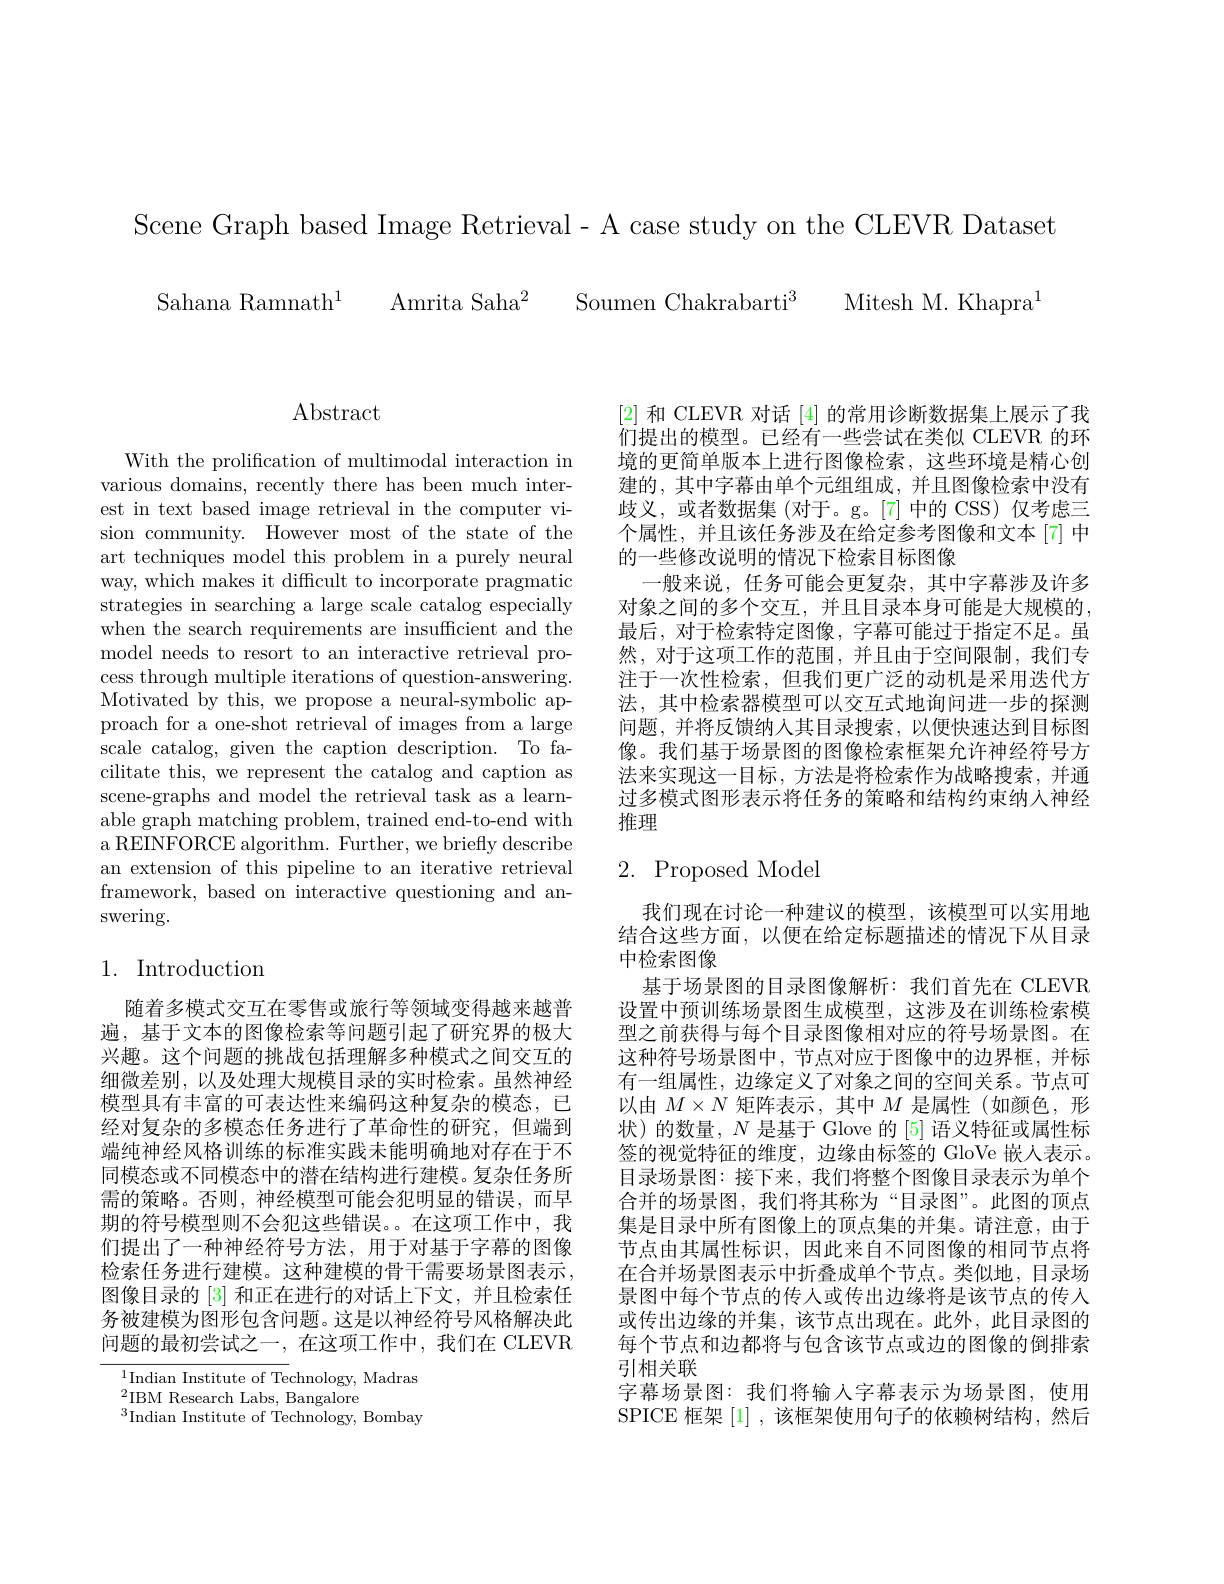
Scene Graph based Image Retrieval- A case study on the CLEVR Dataset
Sahana Ramnath$^1$ Amrita Saha$^2$ Soumen Chakrabarti$^3$ Mitesh M.Khapra

$\operatorname{Abstract}$

With the prolification of multimodal interaction in various domains, recently there has been much interest in text based image retrieval in the computer vision community. However most of the state of the art techniques model this problem in a purely neural way, which makes it difficult to incorporate pragmatic strategies in searching a large scale catalog especially when the search requirements are insufficient and the model needs to resort to an interactive retrieval process through multiple iterations of question-answering. Motivated by this, we propose a neural-symbolic approach for a one-shot retrieval of images from a large scale catalog, given the caption description. To facilitate this, we represent the catalog and caption as scene-graphs and model the retrieval task as a learnable graph matching problem, trained end-to-end with a REINFORCE algorithm. Further, we briefly describe an extension of this pipeline to an iterative retrieval framework, based on interactive questioning and answering.

## 1. Introduction

随着多模式交互在零售或旅行等领域变得越来越普遍，基于文本的图像检索等问题引起了研究界的极大兴趣。这个问题的挑战包括理解多种模式之间交互的细微差别，以及处理大规模目录的实时检索。虽然神经模型具有丰富的可表达性来编码这种复杂的模态，已经对复杂的多模态任务进行了革命性的研究，但端到端纯神经风格训练的标准实践未能明确地对存在于不同模态或不同模态中的潜在结构进行建模。复杂任务所需的策略。否则，神经模型可能会犯明显的错误，而早期的符号模型则不会犯这些错误。在这项工作中，我们提出了一种神经符号方法，用于对基于字幕的图像检索任务进行建模。这种建模的骨干需要场景图表示， 图像目录的[3]和正在进行的对话上下文，并且检索任务被建模为图形包含问题。这是以神经符号风格解决此问题的最初尝试之一，在这项工作中，我们在 CLEVR

$^{1}$Indian Institute of Technology, Madras
$^{2}$IBM Research Labs, Bangalore
$^{3}$Indian Institute of Technology, Bombay

[2]和 CLEVR 对话 [4] 的常用诊断数据集上展示了我们提出的模型。已经有一些尝试在类似 CLEVR 的环境的更简单版本上进行图像检索，这些环境是精心创建的，其中字幕由单个元组组成，并且图像检索中没有歧义，或者数据集 (对于。g。[7]中的 CSS) 仅考虑三个属性，并且该任务涉及在给定参考图像和文本[7]中的一些修改说明的情况下检索目标图像
一般来说，任务可能会更复杂，其中字幕涉及许多对象之间的多个交互，并且目录本身可能是大规模的， 最后，对于检索特定图像，字幕可能过于指定不足。虽然，对于这项工作的范围，并且由于空间限制，我们专注于一次性检索，但我们更广泛的动机是采用迭代方法，其中检索器模型可以交互式地询问进一步的探测问题，并将反馈纳入其目录搜索，以便快速达到目标图像。我们基于场景图的图像检索框架允许神经符号方法来实现这一目标，方法是将检索作为战略搜索，并通过多模式图形表示将任务的策略和结构约束纳人神经推理

# 2. Proposed Model

我们现在讨论一种建议的模型，该模型可以实用地结合这些方面，以便在给定标题描述的情况下从目录中检索图像
基于场景图的目录图像解析：我们首先在 CLEVR 设置中预训练场景图生成模型，这涉及在训练检索模型之前获得与每个目录图像相对应的符号场景图。在这种符号场景图中，节点对应于图像中的边界框，并标有一组属性，边缘定义了对象之间的空间关系。节点可以由$M\times N$矩阵表示，其中$M$是属性(如颜色，形状)的数量，$N$是基于 Glove 的 [5] 语义特征或属性标签的视觉特征的维度，边缘由标签的 GloVe 嵌人表示。目录场景图：接下来，我们将整个图像目录表示为单个合并的场景图，我们将其称为“目录图”。此图的顶点集是目录中所有图像上的顶点集的并集。请注意，由于节点由其属性标识，因此来自不同图像的相同节点将在合并场景图表示中折叠成单个节点。类似地，目录场景图中每个节点的传人或传出边缘将是该节点的传入或传出边缘的并集，该节点出现在。此外，此目录图的每个节点和边都将与包含该节点或边的图像的倒排索引相关联
字幕场景图：我们将输入字幕表示为场景图，使用SPICE 框架[1],该框架使用句子的依赖树结构，然后